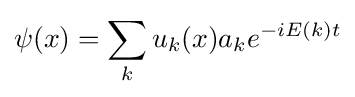
\psi (x)=\sum _{k}u_{k}(x)a_{k}e^{-iE(k)t}